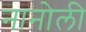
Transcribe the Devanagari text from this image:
नानोली